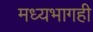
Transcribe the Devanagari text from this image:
मध्यभागही